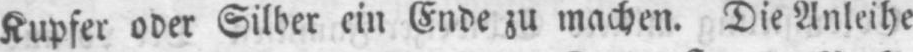
Kupfer oder Silber ein Ende zu machen. Die Anleihe